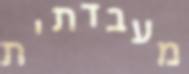
מעבדתית